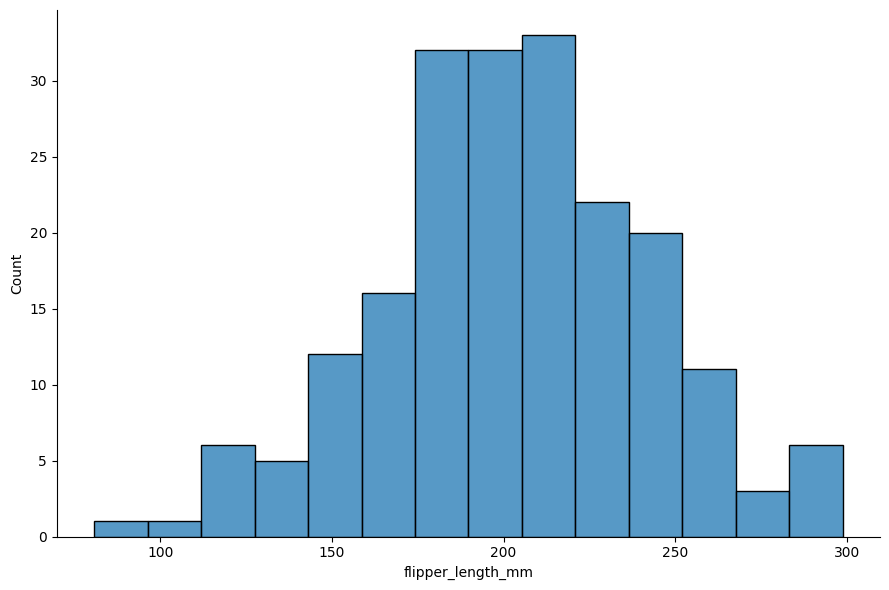
python, seaborn, displot, kind='hist', column='flipper_length_mm', hue='all', height=6, aspect=1.5